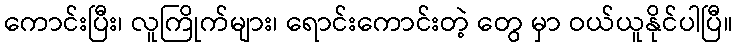
ကောင်းပြီး၊ လူကြိုက်များ၊ ရောင်းကောင်းတဲ့ တွေ မှာ ဝယ်ယူနိုင်ပါပြီ။